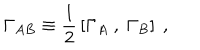
\Gamma _ { A B } \equiv { \frac { 1 } { 2 } } \left[ \Gamma _ { A } ~ , ~ \Gamma _ { B } \right] ~ ,